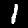
Digit: 1